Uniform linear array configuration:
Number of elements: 8
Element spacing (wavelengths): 0.25
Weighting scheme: blackman
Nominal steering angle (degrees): -30
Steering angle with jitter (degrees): -30.618
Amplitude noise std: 0.05
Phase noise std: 0.05

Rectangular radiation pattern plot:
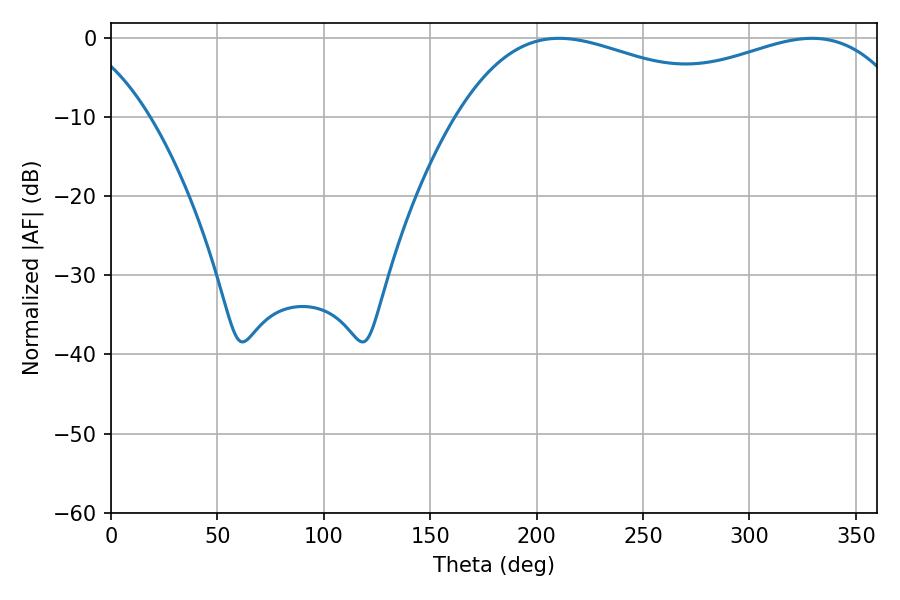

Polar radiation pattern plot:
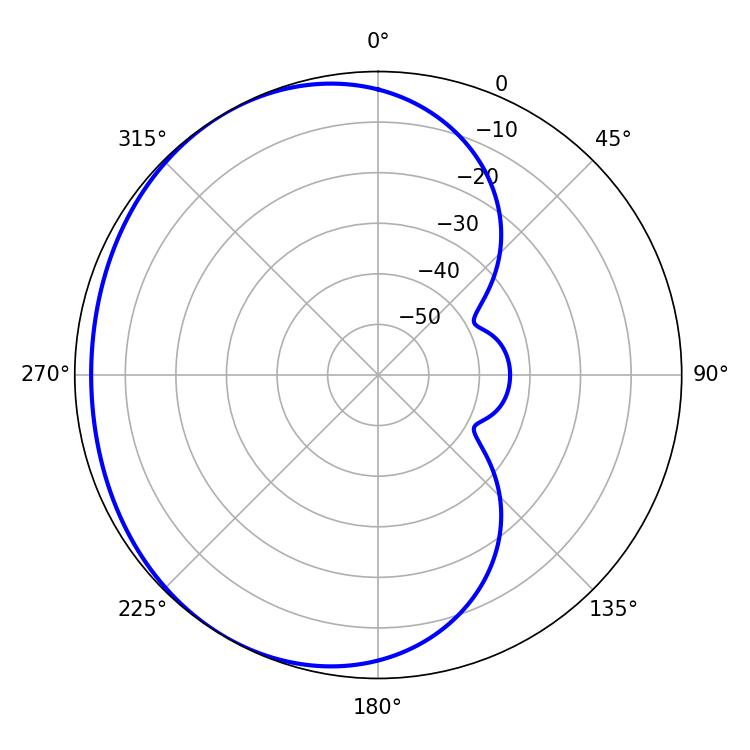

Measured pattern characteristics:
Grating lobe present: FALSE
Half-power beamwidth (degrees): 76.68
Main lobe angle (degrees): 210.6